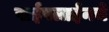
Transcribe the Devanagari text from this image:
पाईपलाईनचे